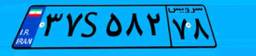
۳۰S۶۷۸۱۱